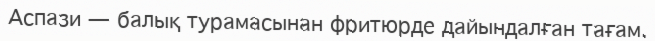
Аспази — балық турамасынан фритюрде дайындалған тағам.